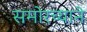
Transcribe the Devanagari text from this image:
समोरच्याने